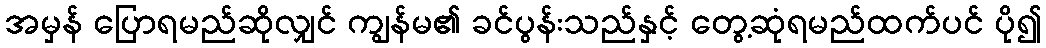
အမှန် ပြောရမည်ဆိုလျှင် ကျွန်မ၏ ခင်ပွန်းသည်နှင့် တွေ့ဆုံရမည်ထက်ပင် ပို၍